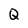
Character: Q